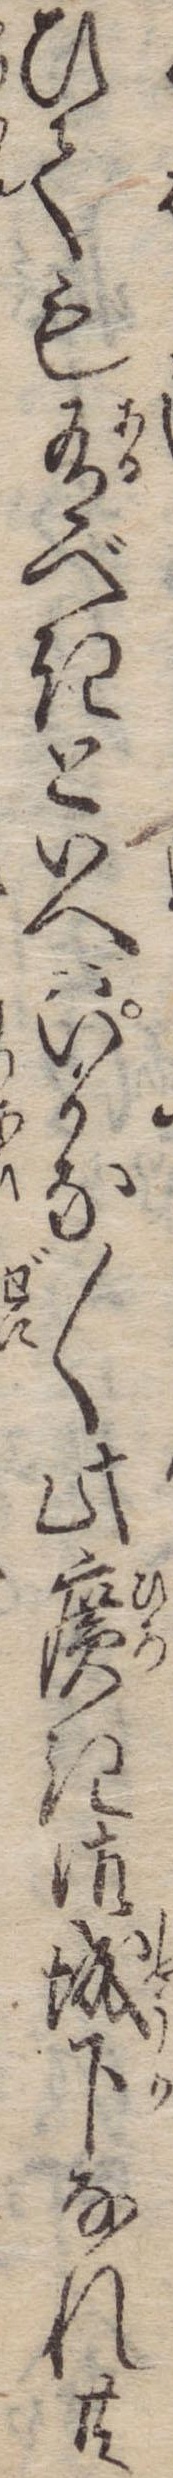
ひても有べきといへばいかな〱此広き御城下なれ共